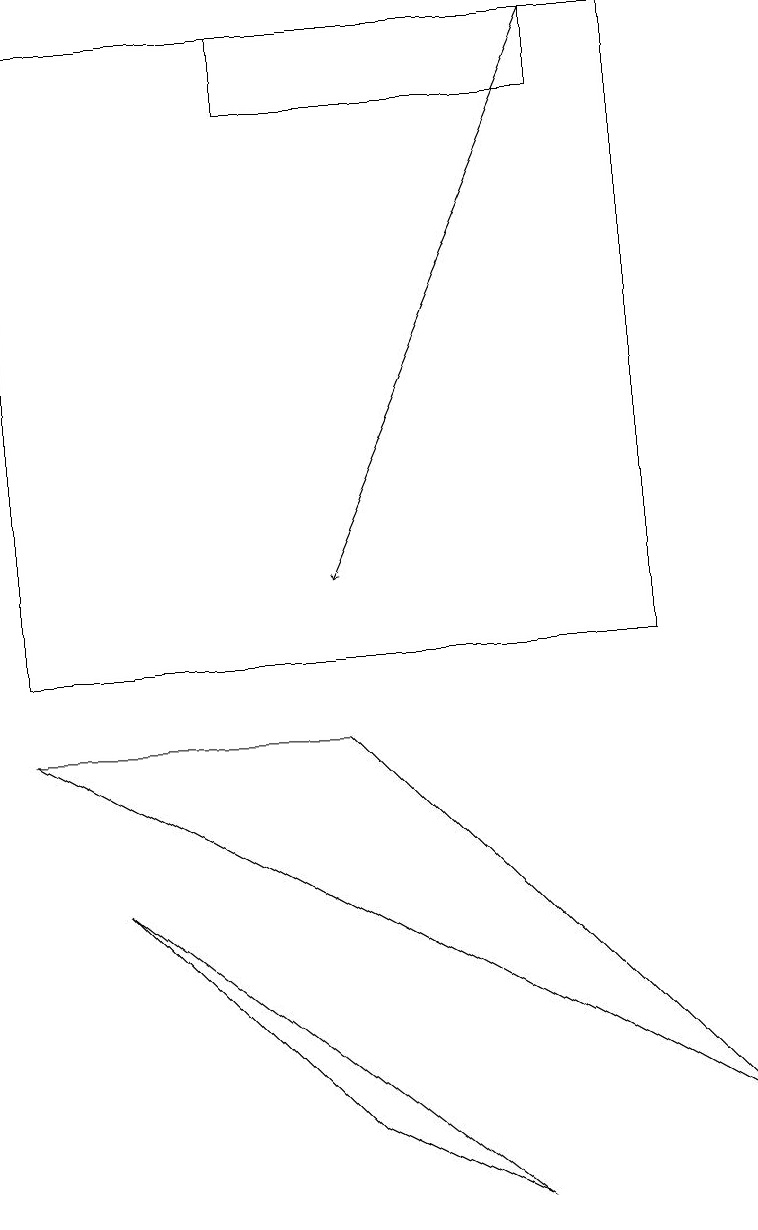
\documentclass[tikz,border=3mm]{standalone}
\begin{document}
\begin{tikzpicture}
\draw (1,7) -- (6,3) -- (4,4) -- cycle;
\draw (0,18) rectangle (8,10);
\draw[->] (7,18) -- (4,11);
\draw (9,4) -- (0,9) -- (4,9) -- cycle;
\draw (3,17) rectangle (7,18);
\draw[->] (0,13) -- (0,15);
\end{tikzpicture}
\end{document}